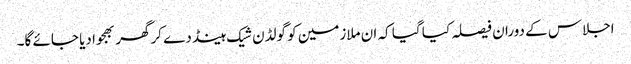
اجلاس کے دوران فیصلہ کیا گیا کہ ان ملازمین کو گولڈن شیک ہینڈ دے کرگھر بھجوا دیا جائے گا۔